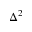
\Delta ^ { 2 }